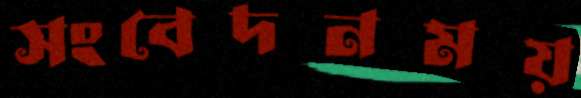
সংবেদনময়